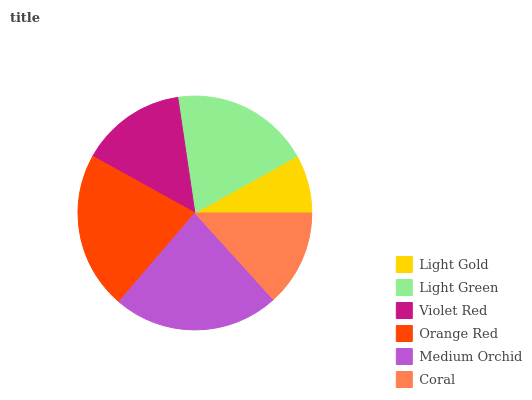
| Light Gold | Light Green | Violet Red | Orange Red | Medium Orchid | Coral |
 | --- | --- | --- | --- | --- | --- |
 | 8.07% | 19.3% | 14.6% | 21.8% | 22.9% | 13.3% |